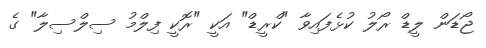
ޖޯޑަން ލީޑް ރޯލު ކުޅެފައިވާ "ކްރީޑް" އަކީ "ރޮކީ ފިލްމު ސިލްސިލާ" ގެ